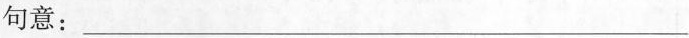
句意：___